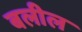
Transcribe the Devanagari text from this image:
बलील